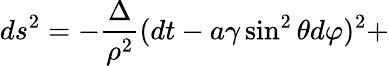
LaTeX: ds^{2}=-\frac{\Delta}{\rho^{2}}(dt-a\gamma\sin^{2}\theta d\varphi)^{2}+